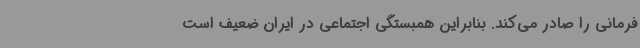
فرمانی را صادر می‌کند. بنابراین همبستگی اجتماعی در ایران ضعیف است